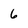
Character: 6